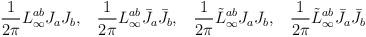
LaTeX: \begin{align*}{1\over 2\pi} L^{ab}_\infty J_a J_b, \hskip 10pt{1\over 2\pi} L^{ab}_\infty \bar J_a \bar J_b, \hskip 10pt{1\over 2\pi} \tilde L^{ab}_\infty J_a J_b, \hskip 10pt{1\over 2\pi} \tilde L^{ab}_\infty \bar J_a \bar J_b\end{align*}